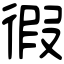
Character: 徦